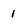
Character: 1